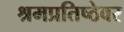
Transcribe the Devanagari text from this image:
श्रमप्रतिष्ठेवर